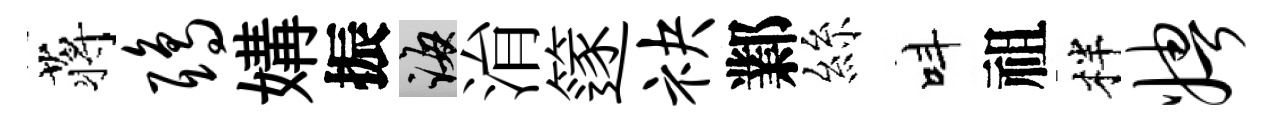
蒋鸱媾振誨㳙篴袂鄴絲呌祖柈娉